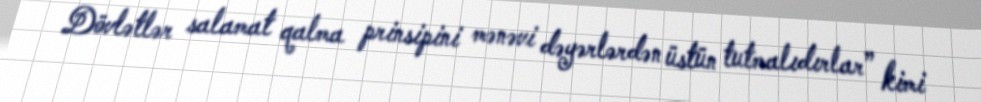
Dövlətlər salamat qalma prinsipini mənəvi dəyərlərdən üstün tutmalıdırlar” kimi